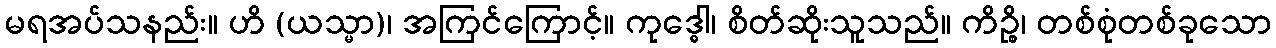
မရအပ်သနည်း။ ဟိ (ယသ္မာ)၊ အကြင်ကြောင့်။ ကုဒ္ဓေါ၊ စိတ်ဆိုးသူသည်။ ကိဉ္စိ၊ တစ်စုံတစ်ခုသော